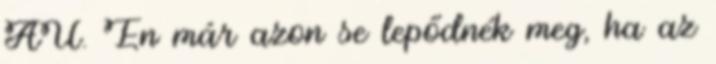
AU. Én már azon se lepődnék meg, ha az